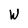
Character: W